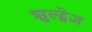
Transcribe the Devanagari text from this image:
शुल्ट्सेज़